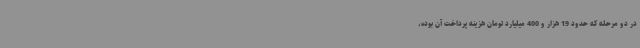
در دو مرحله که حدود 19 هزار و 400 میلیارد تومان هزینه پرداخت آن بوده،